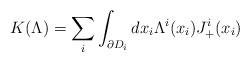
LaTeX: \begin{align*}K(\Lambda)=\sum_i \int_{\partial D_i} dx_i \Lambda^i(x_i) J_+^i(x_i)\end{align*}